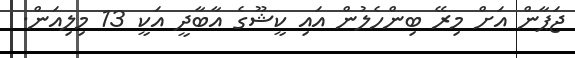
ޖަޕާން އަށް މިރޭ ބިންހެލުން އައި ކީޝޫގެ އާބާދީ އަކީ 13 މިލިއަން.